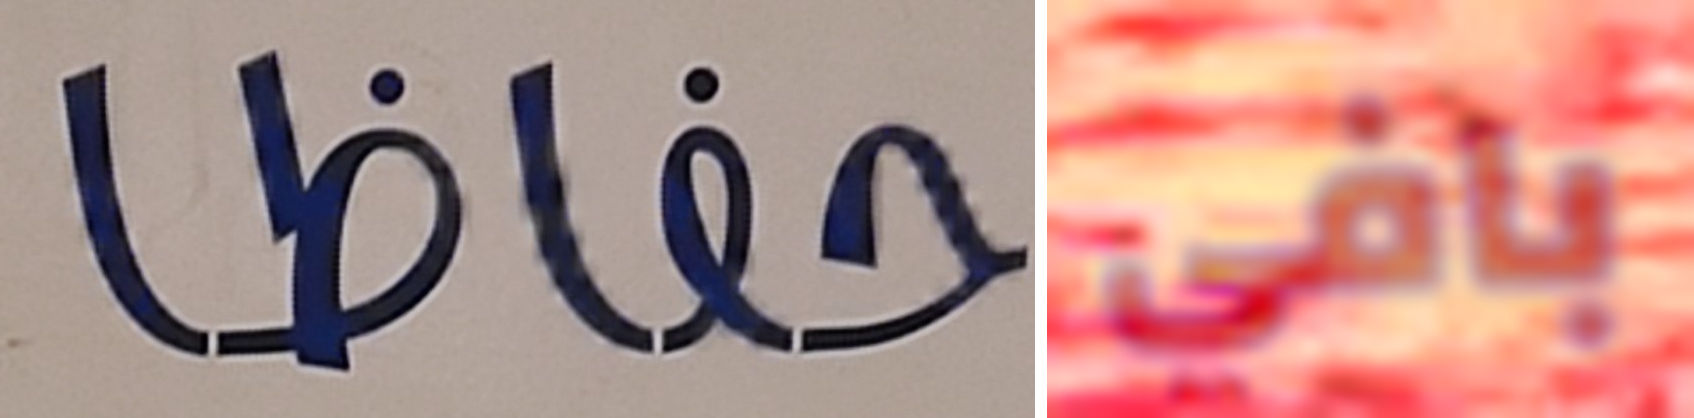
حفاظا بافي